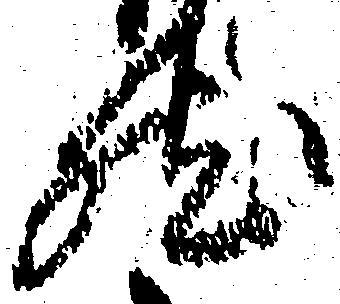
然